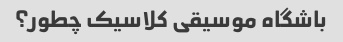
باشگاه موسیقی کلاسیک چطور؟